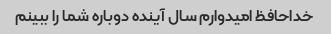
خداحافظ امیدوارم سال آینده دوباره شما را ببینم